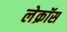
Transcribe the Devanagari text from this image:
लेक्रॉस